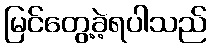
မြင်တွေ့ခဲ့ရပါသည်